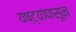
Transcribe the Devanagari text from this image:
यष्ट्यांपासून